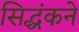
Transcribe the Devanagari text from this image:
सिद्धंकने